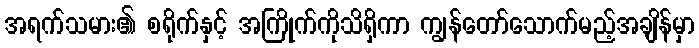
အရက်သမား၏ စရိုက်နှင့် အကြိုက်ကိုသိရှိကာ ကျွန်တော်သောက်မည့်အချိန်မှာ